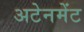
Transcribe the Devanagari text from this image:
अटेनमेंट